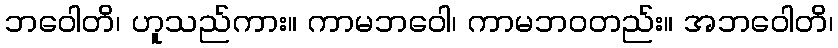
ဘဝေါတိ၊ ဟူသည်ကား။ ကာမဘဝေါ၊ ကာမဘဝတည်း။ အဘဝေါတိ၊